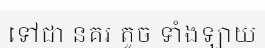
ទៅជា នគរ តូច ទាំងឡាយ